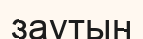
заутын